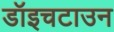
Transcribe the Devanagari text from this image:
डॉइचटाउन